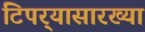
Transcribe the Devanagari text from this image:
टिपर्‍यासारख्या